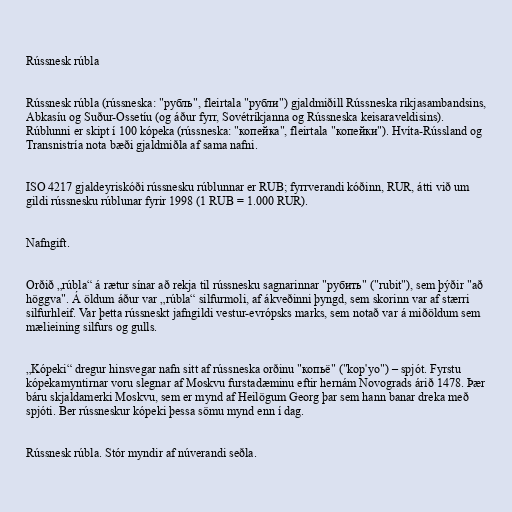
Rússnesk rúbla

Rússnesk rúbla (rússneska: "рубль", fleirtala "рубли") gjaldmiðill Rússneska ríkjasambandsins,
Abkasíu og Suður-Ossetíu (og áður fyrr, Sovétríkjanna og Rússneska keisaraveldisins).
Rúblunni er skipt í 100 kópeka (rússneska: "копейка", fleirtala "копейки"). Hvíta-Rússland og
Transnistría nota bæði gjaldmiðla af sama nafni.

ISO 4217 gjaldeyriskóði rússnesku rúblunnar er RUB; fyrrverandi kóðinn, RUR, átti við um
gildi rússnesku rúblunar fyrir 1998 (1 RUB = 1.000 RUR).

Nafngift.

Orðið „rúbla“ á rætur sínar að rekja til rússnesku sagnarinnar "рубить" ("rubit"), sem þýðir "að
höggva". Á öldum áður var „rúbla“ silfurmoli, af ákveðinni þyngd, sem skorinn var af stærri
silfurhleif. Var þetta rússneskt jafngildi vestur-evrópsks marks, sem notað var á miðöldum sem
mælieining silfurs og gulls.

„Kópeki“ dregur hinsvegar nafn sitt af rússneska orðinu "копьё" ("kop'yo") – spjót. Fyrstu
kópekamyntirnar voru slegnar af Moskvu furstadæminu eftir hernám Novograds árið 1478. Þær
báru skjaldamerki Moskvu, sem er mynd af Heilögum Georg þar sem hann banar dreka með
spjóti. Ber rússneskur kópeki þessa sömu mynd enn í dag.

Rússnesk rúbla. Stór myndir af núverandi seðla.